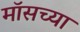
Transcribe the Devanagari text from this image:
मॉसच्या